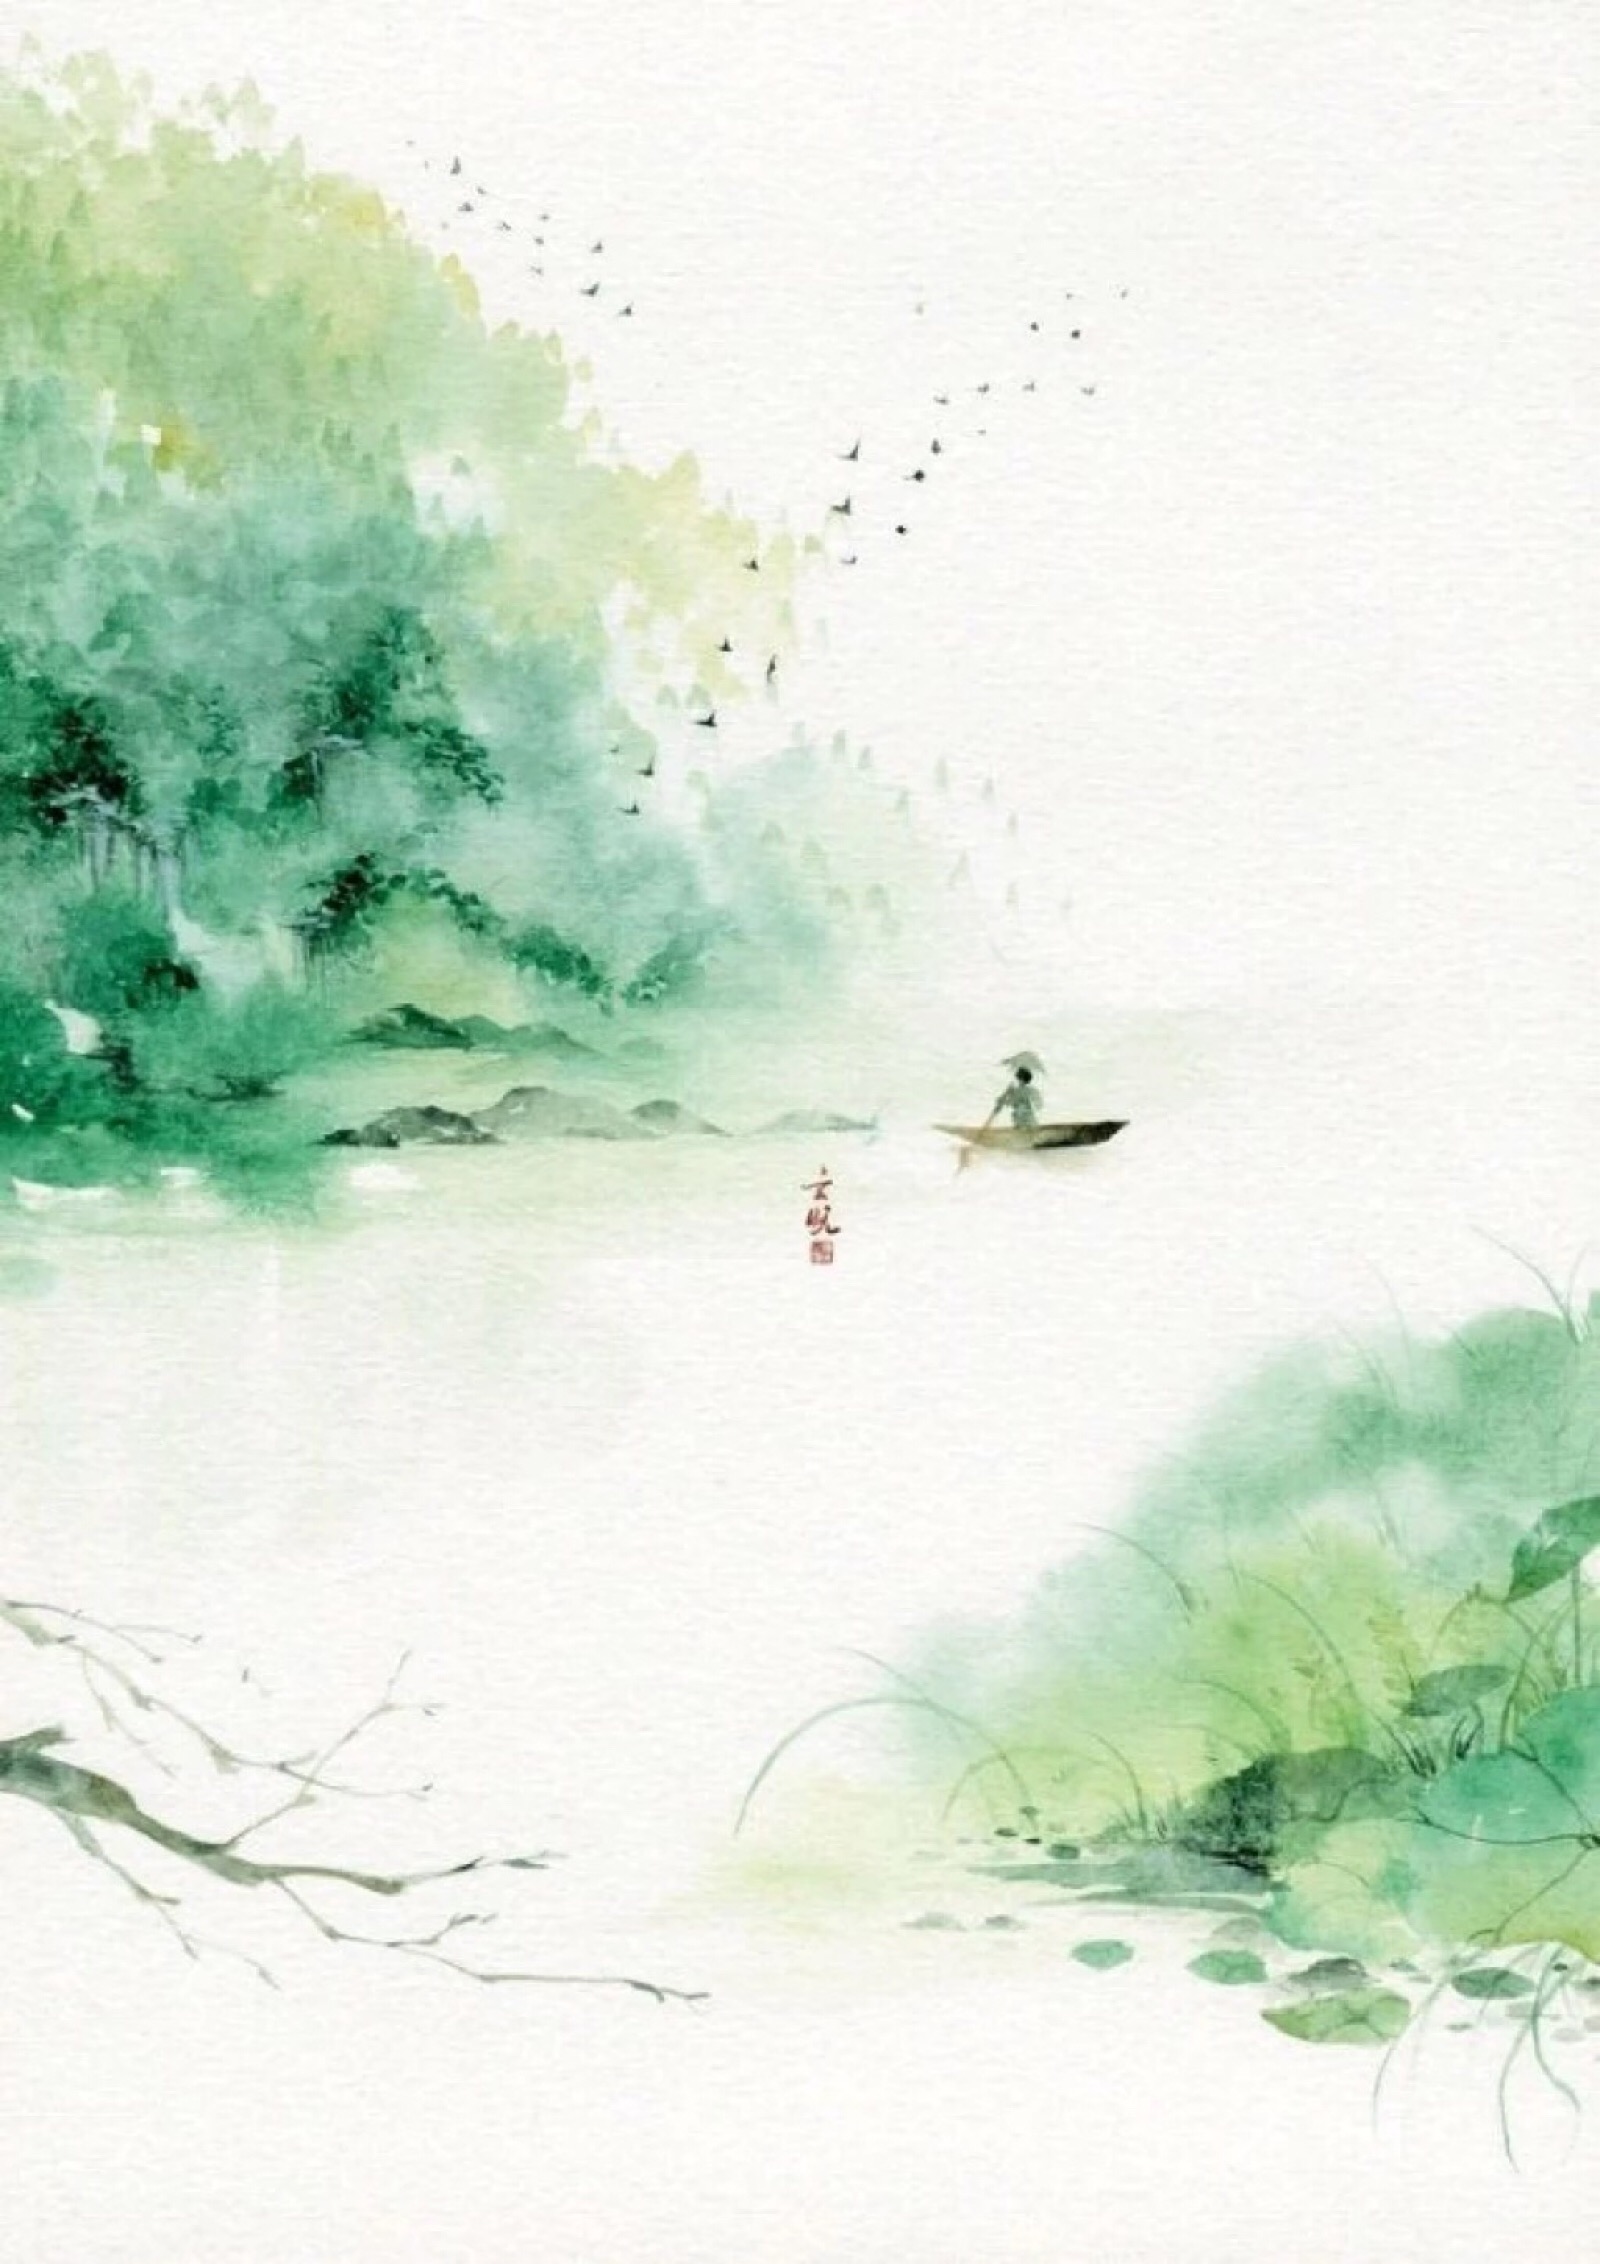
彩舟云淡，星河鹭起，画图难足。